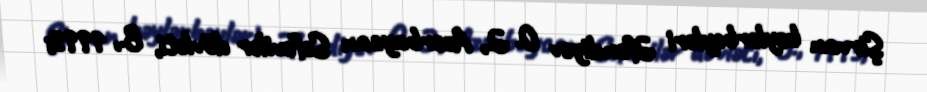
Şirvan bəylərbəyləri Əfəndiyev O. Ə., Azərbaycan Səfəvilər dövləti, B., 1993;